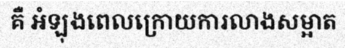
គឺ អំឡុងពេលក្រោយការលាងសម្អាត